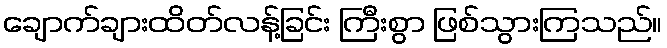
ချောက်ချားထိတ်လန့်ခြင်း ကြီးစွာ ဖြစ်သွားကြသည်။